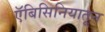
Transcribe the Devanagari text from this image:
ऍबिसिनियातून